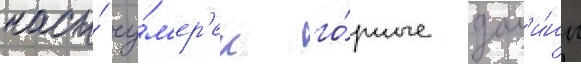
часы́ су́м'ер'ек го́рные дол'и́ны